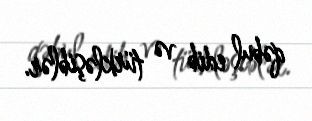
qəbul edib və türkləşiblər.